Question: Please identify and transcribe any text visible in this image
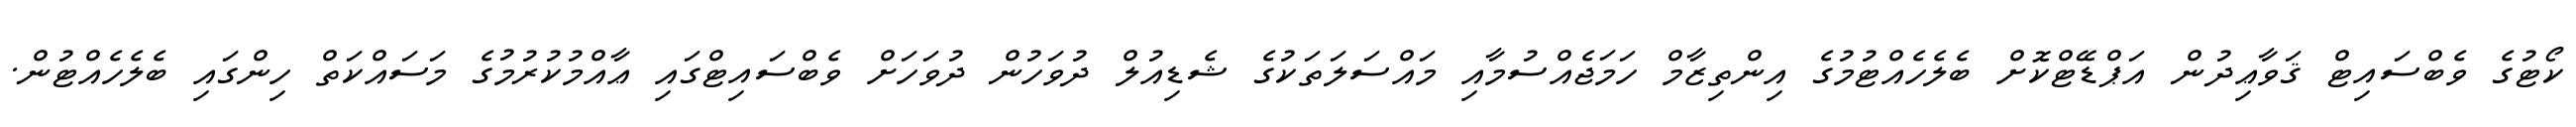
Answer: ކޯޓުގެ ވެބްސައިޓް ޤަވާޢިދުން އަޕްޑޭޓްކޮށް ބެލެހެއްޓުމުގެ އިންތިޒާމް ހަމަޖެއްސުމާއި މައްސަލަތަކުގެ ޝެޑިއުލް ދުވަހުން ދުވަހަށް ވެބްސައިޓްގައި ޢާއްމުކުރުމުގެ މަސައްކަތް ހިންގައި ބެލެހެއްޓުން.